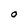
Character: O